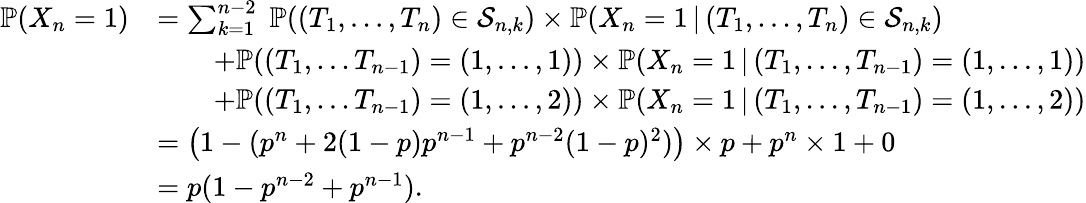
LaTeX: \begin{array}{rl}{\mathbb{P}(X_{n}=1)}&{=\sum_{k=1}^{n-2}\; \mathbb{P}((T_{1},...,T_{n})\in\mathcal{S}_{n,k})\times\mathbb{P}(X_{n}=1\, |\, (T_{1},...,T_{n})\in\mathcal{S}_{n,k})}\\ &{\qquad+\mathbb{P}((T_{1},...T_{n-1})=(1,...,1))\times\mathbb{P}(X_{n}=1\, |\, (T_{1},...,T_{n-1})=(1,...,1))}\\ &{\qquad+\mathbb{P}((T_{1},...T_{n-1})=(1,...,2))\times\mathbb{P}(X_{n}=1\, |\, (T_{1},...,T_{n-1})=(1,...,2))}\\ &{=\big(1-(p^{n}+2(1-p)p^{n-1}+p^{n-2}(1-p)^{2})\big)\times p+p^{n}\times 1+0}\\ &{=p(1-p^{n-2}+p^{n-1}).}\end{array}